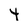
Character: 4